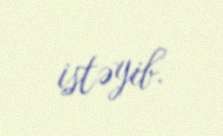
istəyib.